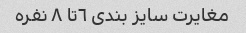
مغایرت سایز بندی ٦تا ٨ نفره